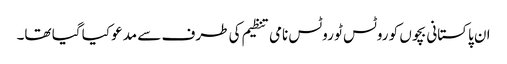
ان پاکستانی بچوں کو روٹس ٹو روٹس نامی تنظیم کی طرف سے مدعو کیا گیا تھا۔